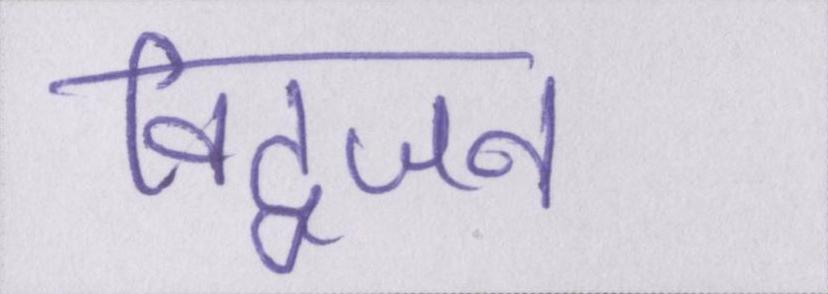
विद्वजन